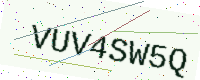
Text: VUV4SW5Q